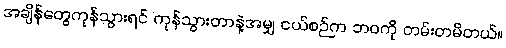
အချိန်တွေကုန်သွားရင် ကုန်သွားတာနဲ့အမျှ ငယ်စဉ်က ဘဝကို တမ်းတမိတယ်။